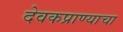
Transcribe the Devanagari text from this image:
देवकप्राण्याचा